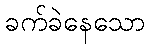
ခက်ခဲနေသော